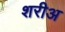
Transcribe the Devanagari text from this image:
शरीअ